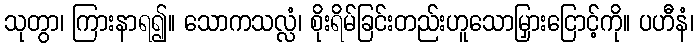
သုတွာ၊ ကြားနာရ၍။ သောကသလ္လံ၊ စိုးရိမ်ခြင်းတည်းဟူသောမြှားငြောင့်ကို။ ပဟီနံ၊